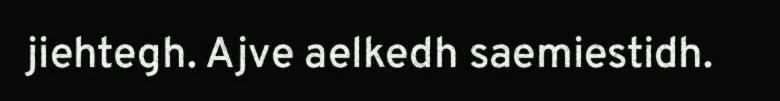
jiehtegh. Ajve aelkedh saemiestidh.